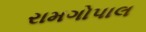
રામગોપાલ